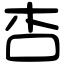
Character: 杏